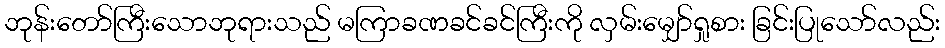
ဘုန်းတော်ကြီးသောဘုရားသည် မကြာခဏခင်ခင်ကြီးကို လှမ်းမျှော်ရှုစား ခြင်းပြုသော်လည်း